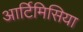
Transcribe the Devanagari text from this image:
आर्टिमिसिया